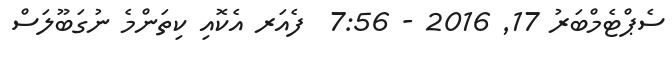
ސެޕްޓެމްބަރު 17